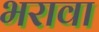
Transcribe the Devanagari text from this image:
भरावा